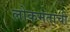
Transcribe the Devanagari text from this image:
लोकमताची